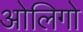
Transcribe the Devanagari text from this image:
ओलिगो